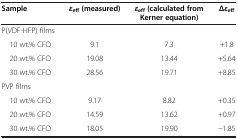
<table><thead><tr><td><b>Sample</b></td><td><b><i>ε</i><sub>eff </sub>(measured)</b></td><td><b><i>ε</i><sub>eff </sub>(calculated from Kerner equation)</b></td><td><b>Δ<i>ε</i><sub>eff</sub></b></td></tr></thead><tbody><tr><td>P(VDF-HFP) films</td><td> </td><td> </td><td> </td></tr><tr><td> 10 wt.% CFO</td><td>9.1</td><td>7.3</td><td>+1.8</td></tr><tr><td> 20 wt.% CFO</td><td>19.08</td><td>13.44</td><td>+5.64</td></tr><tr><td> 30 wt.% CFO</td><td>28.56</td><td>19.71</td><td>+8.85</td></tr><tr><td>PVP films</td><td> </td><td> </td><td> </td></tr><tr><td> 10 wt.% CFO</td><td>9.17</td><td>8.82</td><td>+0.35</td></tr><tr><td> 20 wt.% CFO</td><td>14.59</td><td>13.62</td><td>+0.97</td></tr><tr><td> 30 wt.% CFO</td><td>18.05</td><td>19.90</td><td>−1.85</td></tr></tbody></table>